General report no. 6 on the lunatic asylums, vaccination and dispensaries in the Bengal Presidency, 1873 -
Year: 1873
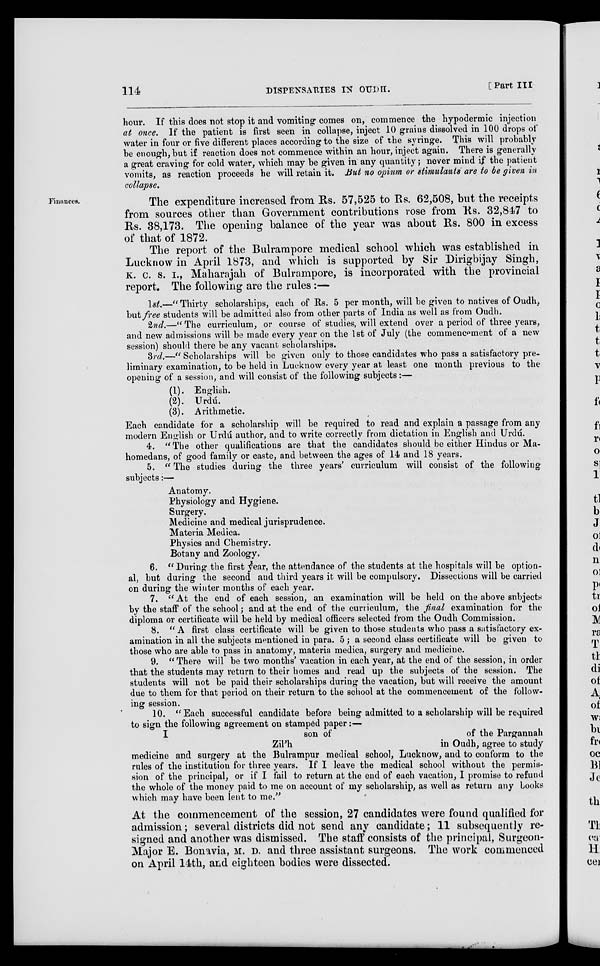
114
DISPENSARIES TO OUDH.
[Part III
hour. If this does not stop it and vomiting comes on, commence the hypodermic injection
at once. If the patient is first seen in collapse, inject 10 grains dissolved in 100 drops of
water in four or five different places according to the size of the syringe. This will probably
be enough,but if reaction does not commence within an hour, inject again. There is generally
a great craving for cold water, which may be given in any quantity; never mind if the patient
vomits, as reaction proceeds he will retain it. But no opium or stimulants are to be given in
collapse.
Finances.
The expenditure increased from Rs. 57,525 to Rs. 62,508, but the receipts
from sources other than Government contributions rose from Rs. 32,847 to
Rs. 38,173. The opening balance of the year was about Us. 800 in excess
of that of 1872.
The report of the Bulrampore medical school which was established in
Lucknow in April 1873, and which is supported by Sir Dirigbijay Singh,
K. C. S. I., Maharajah of Bulrampore, is incorporated with the provincial
report. The following are the rules :—
1st.—"Thirty scholarships, each of Rs. 5 per month, will be given to natives of Oudh,
but free students will be admitted also from other parts of India as well as from Oudh.
2nd.—" The curriculum, or course of studies, will extend over a period of three years,
and new admissions will be made every year on the 1st of July (the commencement of a new
session) should there be any vacant scholarships.
3rd.—" Scholarships will be given only to those candidates who pass a satisfactory pre-
liminary examination, to be held in Lucknow every year at least one month previous to the
opening of a session, and will consist of the following subjects:—
(1).
(2).
(3).
English.
Urdu.
Arithmetic.
Each candidate for a scholarship will be required to read and explain a passage from any
modern English or Urdú author, and to write correctly from dictation in English and Urdú.
4. "The other qualifications are that the candidates should be either Hindus or Ma.
homedans, of good family or caste, and between the ages of 14 and 18 years.
5. " The studies during the three years' curriculum will consist of the following
subjects:—
Anatomy.
Physiology and Hygiene.
Surgery.
Medicine and medical jurisprudence.
Materia Medica.
Physics and Chemistry.
Botany and Zoology.
6. "During the first year, the attendance of the students at the hospitals will be option-
al, but during the second and third years it will be compulsory. Dissections will be carried
on during the winter months of each year.
7. "At the end of each session, an examination will be held on the above snbjects
by the staff of the school; and at the end of the curriculum, the final examination for the
diploma or certificate will be held by medical officers selected from the Oudh Commission.
8. "A first class certificate will be given to those students who pass a satisfactory ex-
amination in all the subjects mentioned in para. 5; a second class certificate will be given to
those who are able to pass in anatomy, materia medica, surgery and medicine.
9. "There will be two months' vacation in each year, at the end of the session, in order
that the students may return to their homes and read up the subjects of the session. The
students will not be paid their scholarships during the vacation, but will receive the amount
due to them for that period on their return to the school at the commencement of the follow-
ing session.
10. "Each successful candidate before being admitted to a scholarship will be required
to sign the following agreement on stamped paper:—
I
son of
of the Pargannah
Zil'h
in Oudh, agree to study
medicine and surgery at the Bulrampur medical school, Lucknow, and to conform to the
rules of the institution for three years. If I leave the medical school without the permis-
sion of the principal, or if I fail to return at the end of each vacation, I promise to refund
the whole of the money paid to me on account of my scholarship, as well as return any books
which may have been lent to me."
At the commencement of the session, 27 candidates were found qualified for
admission; several districts did not send any candidate; 11 subsequently re-
signed and another was dismissed. The staff consists of the principal, Surgeon.
Major E. Bonavia, M. D. and three assistant surgeons. The work commenced
on April 14th, and eighteen bodies were dissected.